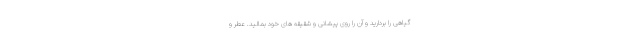
گیاهی را بردارید و آن را روی پیشانی و شقیقه های خود بمالید. عطر و